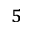
^ { 5 }